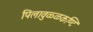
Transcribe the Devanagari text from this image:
पिलावुळ्ळकण्टि